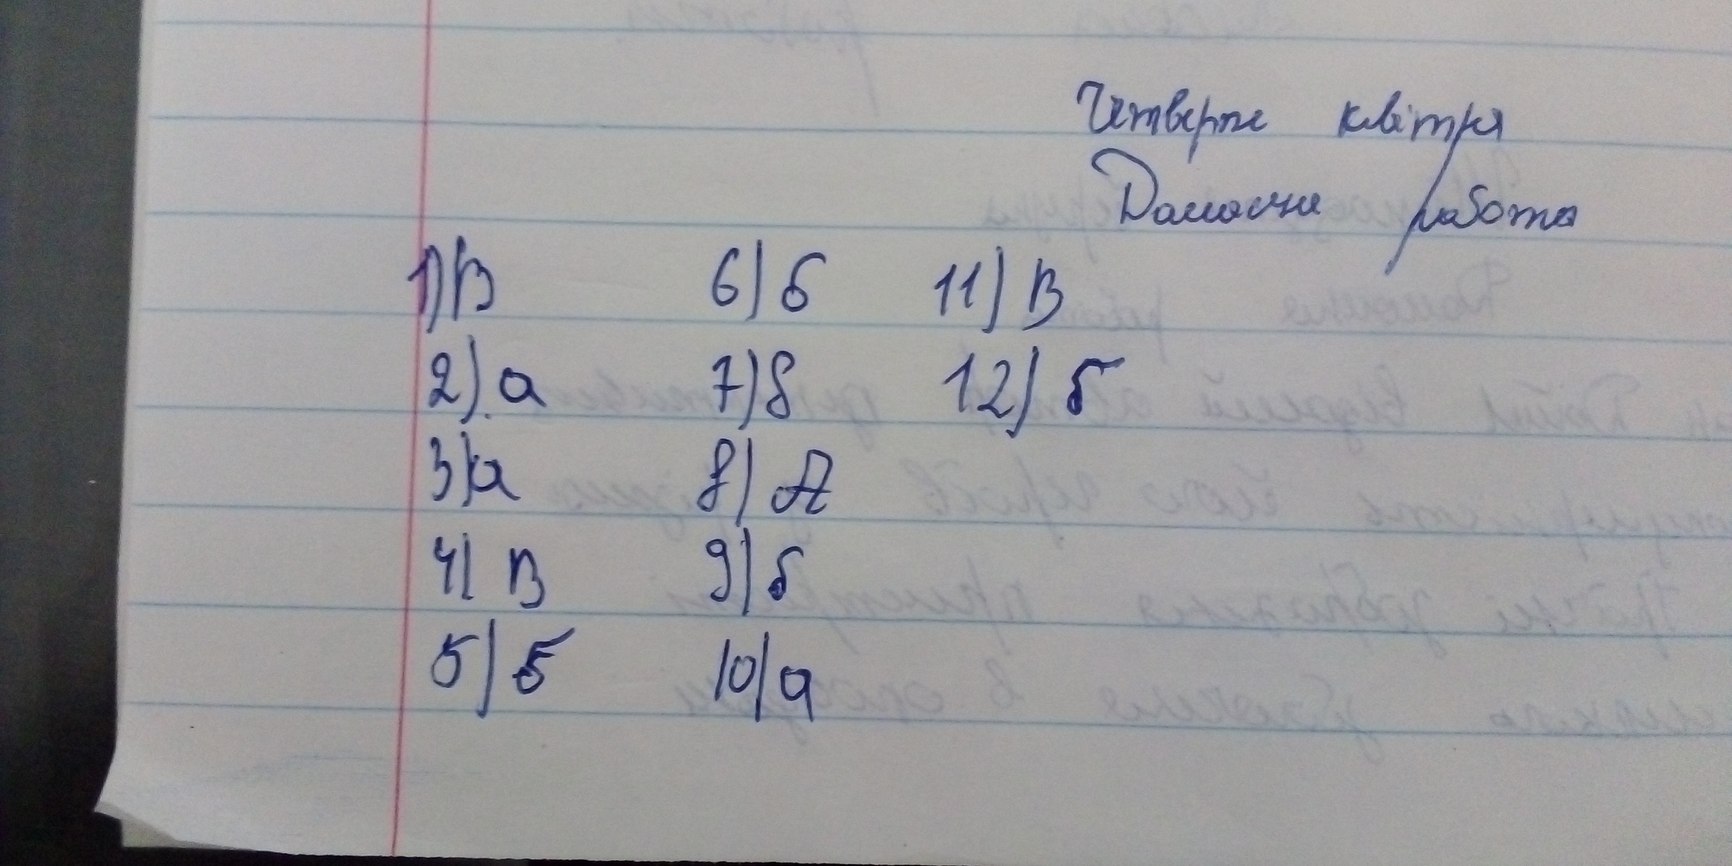
Четверте квітня
Домашня робота
6) б
1) В
11) В
2) а
7) б
12) б
3) а
8) А
4) В
9) б
5) б
10) а